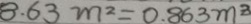
8 . 6 3 m ^ { 2 } = 0 . 8 6 3 m ^ { 8 }